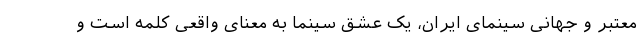
معتبر و جهانی سینمای ایران، یک عشق سینما به معنای واقعی کلمه است و